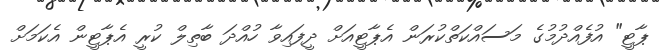
ޕާޓީ" އުފެއްދުމުގެ މަސައްކަތްކުރަން އެޕާޓީއަށް ދީފައިވާ ހުއްދަ ބާތިލް ކުރީ އެޕާޓީން އެކަމަށް